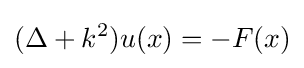
(\Delta +k^{2})u(x)=-F(x)